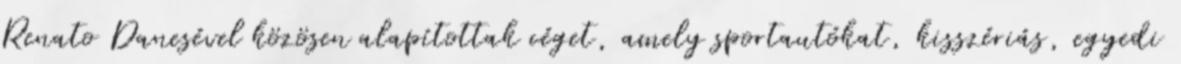
Renato Danesével közösen alapítottak céget, amely sportautókat, kisszériás, egyedi